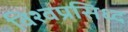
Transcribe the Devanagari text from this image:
विश्वप्रसिध्द